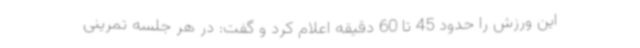
این ورزش را حدود 45 تا 60 دقیقه اعلام کرد و گفت: در هر جلسه تمرینی